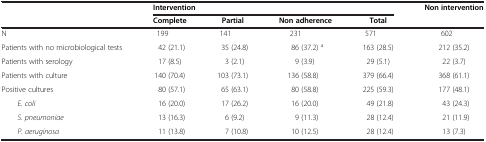
<table><thead><tr><td><b> </b></td><td colspan="4"><b>Intervention</b></td><td><b>Non intervention</b></td></tr><tr><td><b> </b></td><td><b>Complete</b></td><td><b>Partial</b></td><td><b>Non adherence</b></td><td><b>Total</b></td><td><b> </b></td></tr></thead><tbody><tr><td>N</td><td>199</td><td>141</td><td>231</td><td>571</td><td>602</td></tr><tr><td>Patients with no microbiological tests</td><td>42 (21.1)</td><td>35 (24.8)</td><td>86 (37.2) <sup>a</sup></td><td>163 (28.5)</td><td>212 (35.2)</td></tr><tr><td>Patients with serology</td><td>17 (8.5)</td><td>3 (2.1)</td><td>9 (3.9)</td><td>29 (5.1)</td><td>22 (3.7)</td></tr><tr><td>Patients with culture</td><td>140 (70.4)</td><td>103 (73.1)</td><td>136 (58.8)</td><td>379 (66.4)</td><td>368 (61.1)</td></tr><tr><td>Positive cultures</td><td>80 (57.1)</td><td>65 (63.1)</td><td>80 (58.8)</td><td>225 (59.3)</td><td>177 (48.1)</td></tr><tr><td><i>E. coli</i></td><td>16 (20.0)</td><td>17 (26.2)</td><td>16 (20.0)</td><td>49 (21.8)</td><td>43 (24.3)</td></tr><tr><td><i>S. pneumoniae</i></td><td>13 (16.3)</td><td>6 (9.2)</td><td>9 (11.3)</td><td>28 (12.4)</td><td>21 (11.9)</td></tr><tr><td><i>P. aeruginosa</i></td><td>11 (13.8)</td><td>7 (10.8)</td><td>10 (12.5)</td><td>28 (12.4)</td><td>13 (7.3)</td></tr></tbody></table>